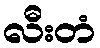
လီးတံ